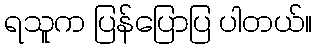
ရသူက ပြန်ပြောပြ ပါတယ်။